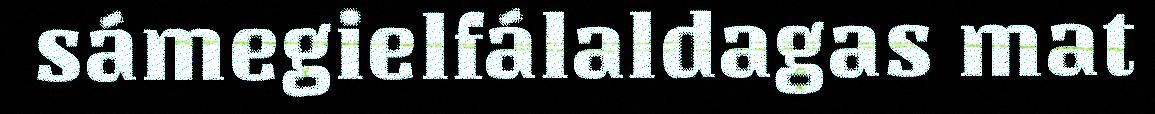
sámegielfálaldagas mat